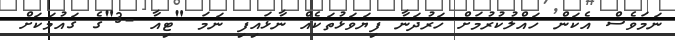
ނަމަވެސް އެކަން ހައްލުކުރުމަށް ހަރުދަނާ ފިޔަވަޅުތަކެއް ނާޅައިފި ނަމަ "ޓިއާ -3"ގެ ގައުމަކަށް